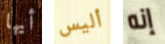
أيها أليس إنه